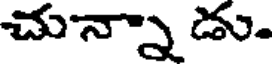
చున్నాడు.